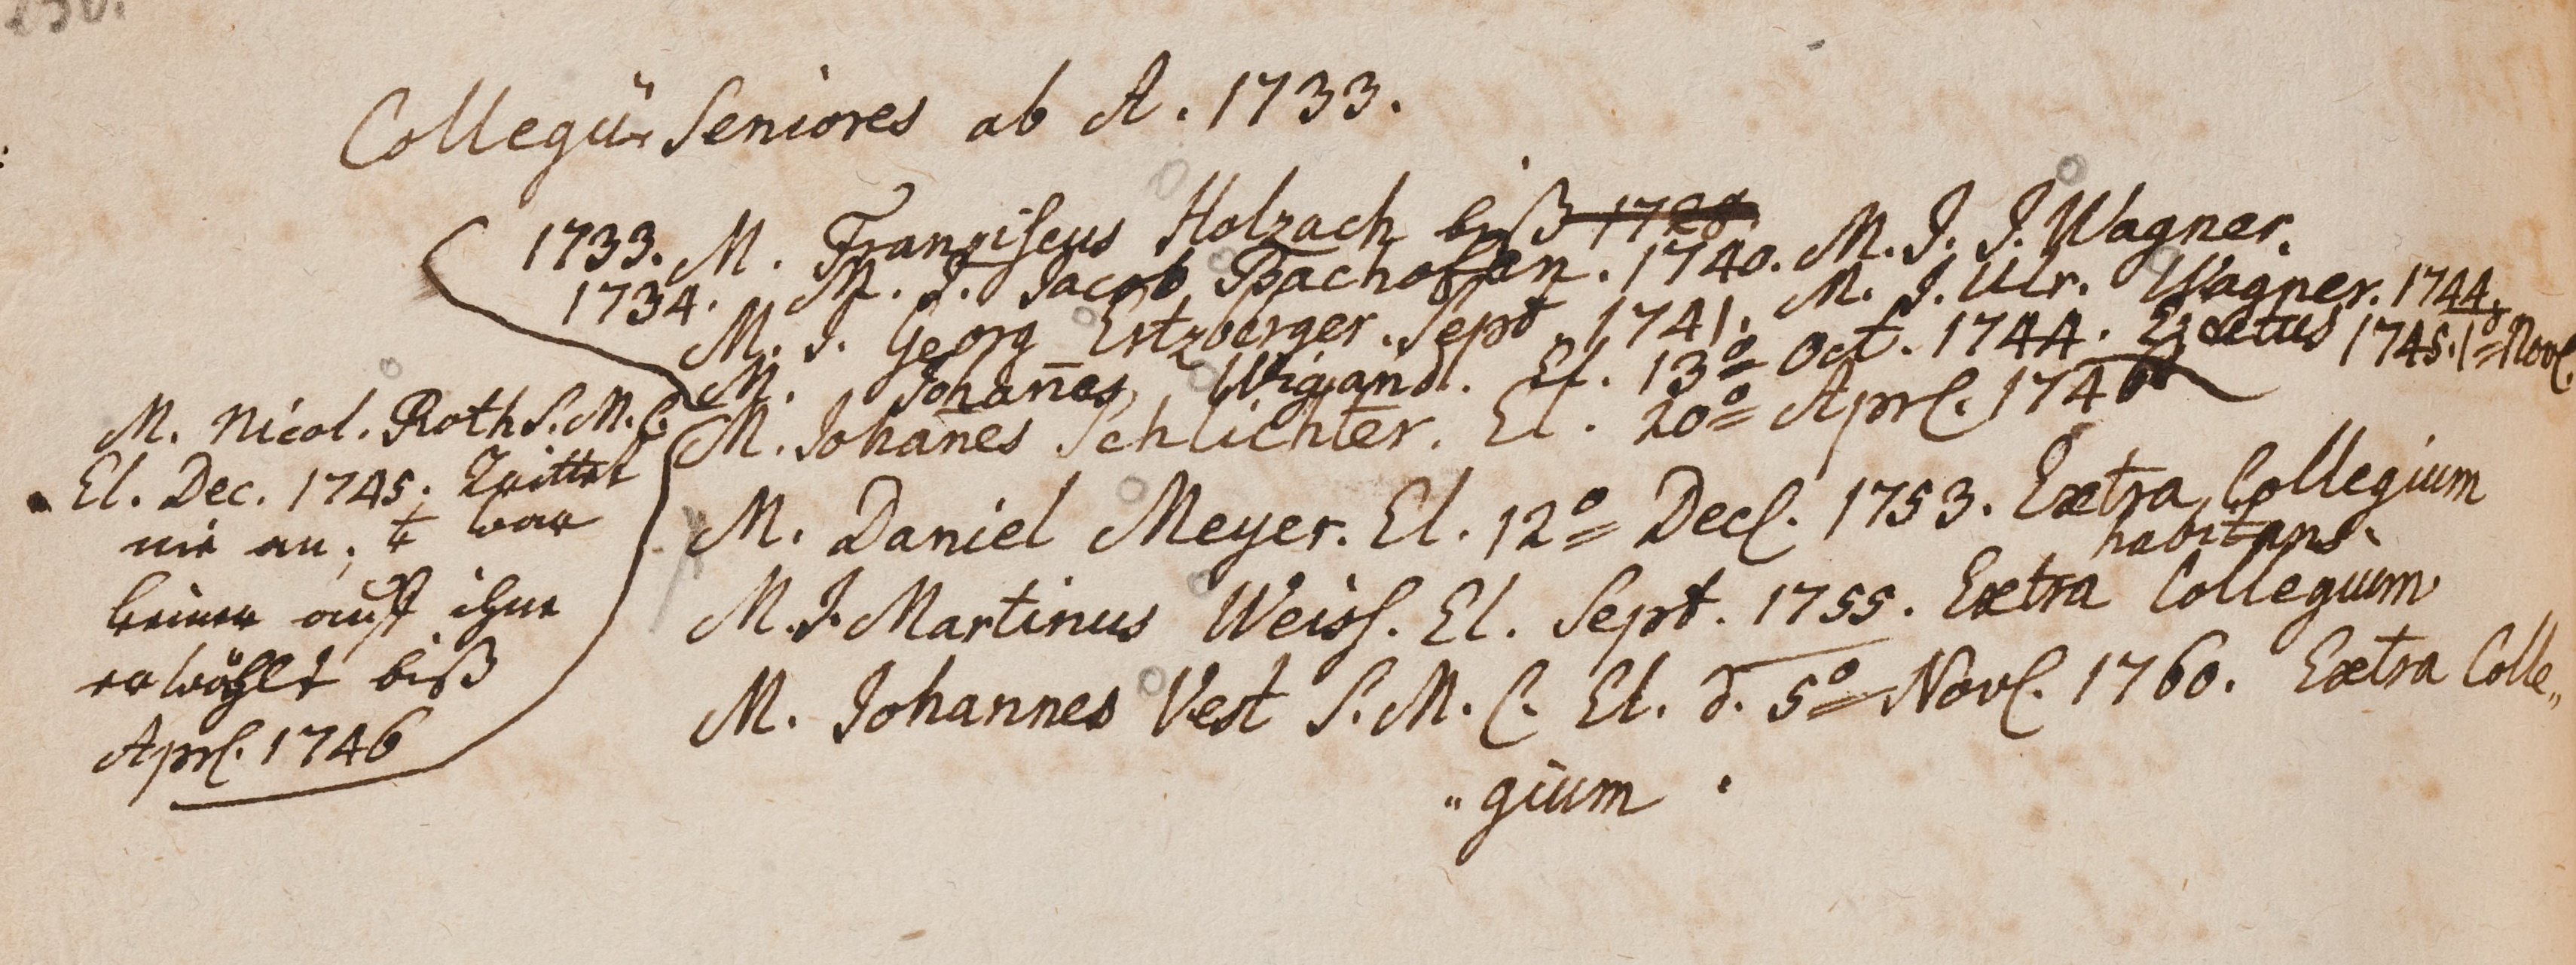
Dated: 1599–1789